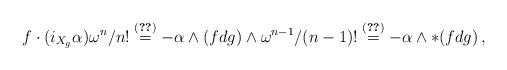
LaTeX: \begin{align*}f\cdot(i_{X_{g}}\alpha)\omega^n/n! \stackrel{\eqref{kleintje}}{=} -\alpha\wedge(fdg)\wedge \omega^{n-1}/(n-1)!\stackrel{\eqref{ster}}{=}-\alpha \wedge *(fdg)\,,\end{align*}